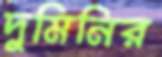
দুমিনির